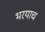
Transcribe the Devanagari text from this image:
भरयाच